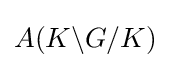
A(K\backslash G/K)